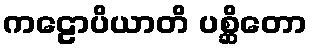
ကဠောပိယာတိ ပစ္ဆိတော